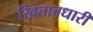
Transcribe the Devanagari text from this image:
खिताबधारी